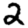
Digit: 2